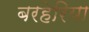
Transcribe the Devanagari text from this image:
बरहेरिया